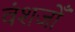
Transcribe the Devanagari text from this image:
वंशजोँ